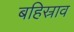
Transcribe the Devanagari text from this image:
बहिस्राव